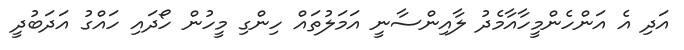
އަދި އެ އަންހެންމީހާއާމެދު ލާއިންސާނީ އަމަލުތައް ހިންގި މީހުން ހޯދައި ހައްގު އަދަބުދީ